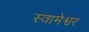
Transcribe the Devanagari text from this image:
स्वामेश्वर